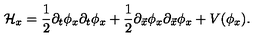
{ \cal H } _ { x } = { \frac { 1 } { 2 } } \partial _ { t } \phi _ { x } \partial _ { t } \phi _ { x } + { \frac { 1 } { 2 } } \partial _ { \vec { x } } \phi _ { x } \partial _ { \vec { x } } \phi _ { x } + V ( \phi _ { x } ) .